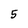
Character: 5